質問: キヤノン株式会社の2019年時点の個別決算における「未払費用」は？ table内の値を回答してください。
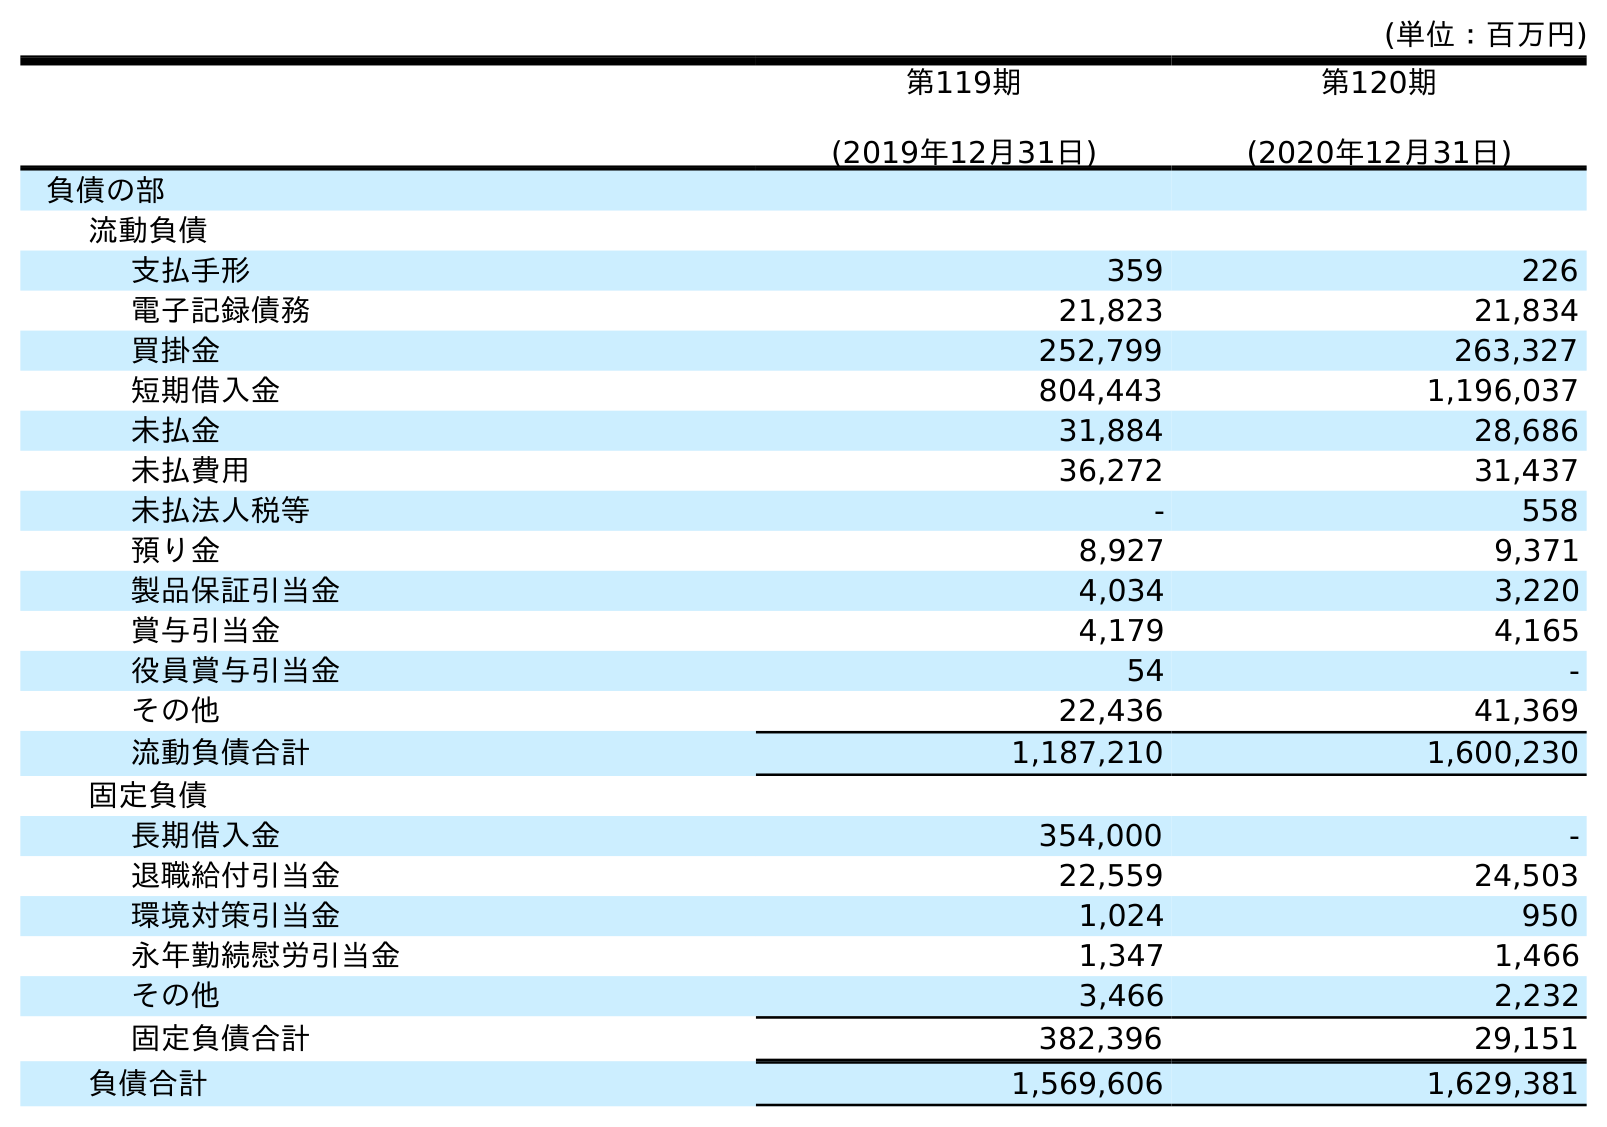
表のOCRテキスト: (単位：百万円) 第119期 (2019年12月31日) 第120期 (2020年12月31日) 負債の部 流動負債 支払手形 359 226 電子記録債務 21,823 21,834 買掛金 252,799 263,327 短期借入金 804,443 1,196,037 未払金 31,884 28,686 未払費用 36,272 31,437 未払法人税等 - 558 預り金 8,927 9,371 製品保証引当金 4,034 3,220 賞与引当金 4,179 4,165 役員賞与引当金 54 - その他 22,436 41,369 流動負債合計 1,187,210 1,600,230 固定負債 長期借入金 354,000 - 退職給付引当金 22,559 24,503 環境対策引当金 1,024 950 永年勤続慰労引当金 1,347 1,466 その他 3,466 2,232 固定負債合計 382,396 29,151 負債合計 1,569,606 1,629,381
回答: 36,272